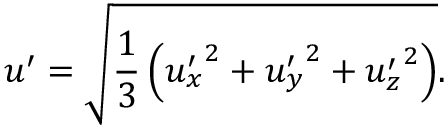
\centering u ^ { \prime } = \sqrt { \frac { 1 } { 3 } \left( { u _ { x } ^ { \prime } } ^ { 2 } + { u _ { y } ^ { \prime } } ^ { 2 } + { u _ { z } ^ { \prime } } ^ { 2 } \right) } .